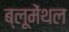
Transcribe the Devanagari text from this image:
ब्लूमेंथल